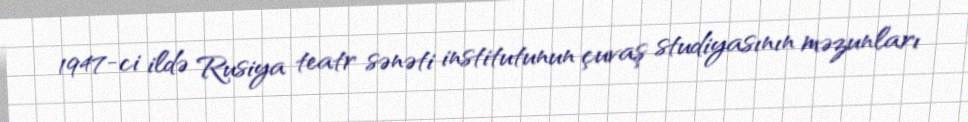
1947-ci ildə Rusiya teatr sənəti institutunun çuvaş studiyasının məzunları